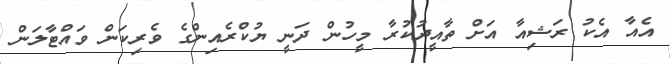
އެއާ އެކު ރަޝިއާ އަށް ތާއީދުކުރާ މީހުން ދަނީ ޔުކްރެއިންގެ ވެރިކަން ވައްޓާލަން